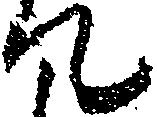
て